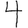
Digit: 4